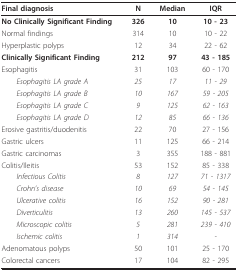
| Final diagnosis | N | Median | IQR |
 | --- | --- | --- | --- |
 | No Clinically Significant Finding | 326 | 10 | 10 - 23 |
 | Normal findings | 314 | 10 | 10 - 22 |
 | Hyperplastic polyps | 12 | 34 | 22 - 62 |
 | Clinically Significant Finding | 212 | 97 | 43 - 185 |
 | Esophagitis | 31 | 103 | 60 - 170 |
 | Esophagitis LA grade A | 25 | 17 | 11 - 29 |
 | Esophagitis LA grade B | 10 | 167 | 59 - 205 |
 | Esophagitis LA grade C | 9 | 125 | 62 - 163 |
 | Esophagitis LA grade D | 12 | 85 | 66 - 136 |
 | Erosive gastritis/duodenitis | 22 | 70 | 27 - 156 |
 | Gastric ulcers | 11 | 125 | 66 - 214 |
 | Gastric carcinomas | 3 | 355 | 188 - 881 |
 | Colitis/Ileitis | 53 | 152 | 85 - 338 |
 | Infectious Colitis | 8 | 127 | 71 - 1317 |
 | Crohn's disease | 10 | 69 | 54 - 145 |
 | Ulcerative colitis | 16 | 152 | 90 - 281 |
 | Diverticulitis | 13 | 260 | 145 - 537 |
 | Microscopic colitis | 5 | 281 | 239 - 410 |
 | Ischemic colitis | 1 | 314 | - |
 | Adenomatous polyps | 50 | 101 | 25 - 170 |
 | Colorectal cancers | 17 | 104 | 82 - 295 |